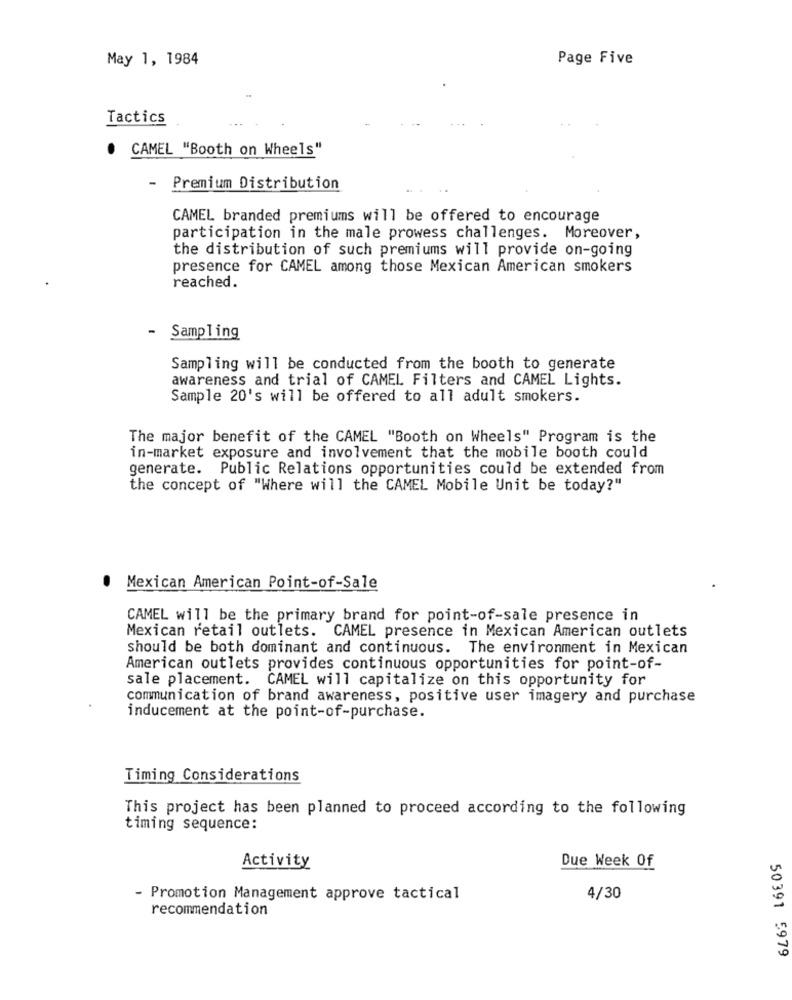
May 1, 1984
Page Five
Tactics
CAMEL "Booth on Wheels"
-
Premium Distribution
CAMEL branded premiums will be offered to encourage
participation in the male prowess challenges. Moreover,
the distribution of such premiums will provide on-going
presence for CAMEL among those Mexican American smokers
reached.
- Sampling
Sampling will be conducted from the booth to generate
awareness and trial of CAMEL Filters and CAMEL Lights.
Sample 20's will be offered to all adult smokers.
The major benefit of the CAMEL "Booth on Wheels" Program is the
in-market exposure and involvement that the mobile booth could
generate. Public Relations opportunities could be extended from
the concept of "Where will the CAMEL Mobile Unit be today?"
. Mexican American Point-of-Sale
CAMEL will be the primary brand for point-of-sale presence in
Mexican retail outlets. CAMEL presence in Mexican American outlets
should be both dominant and continuous. The environment in Mexican
American outlets provides continuous opportunities for point-of-
sale placement. CAMEL will capitalize on this opportunity for
communication of brand awareness, positive user imagery and purchase
inducement at the point-of-purchase.
Timing Considerations
This project has been planned to proceed according to the following
timing sequence:
Due Week Of
Activity
- Promotion Management approve tactical
4/30
recommendation
50391 5979